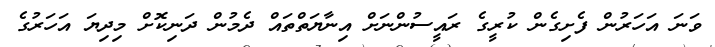
ވަނަ އަހަރުން ފެށިގެން ކުރީގެ ރައީސުންނަށް އިނާޔަތްތައް ދެމުން ދަނިކޮށް މިދިޔަ އަހަރުގެ